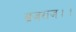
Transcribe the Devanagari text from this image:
ब्रजराज।।